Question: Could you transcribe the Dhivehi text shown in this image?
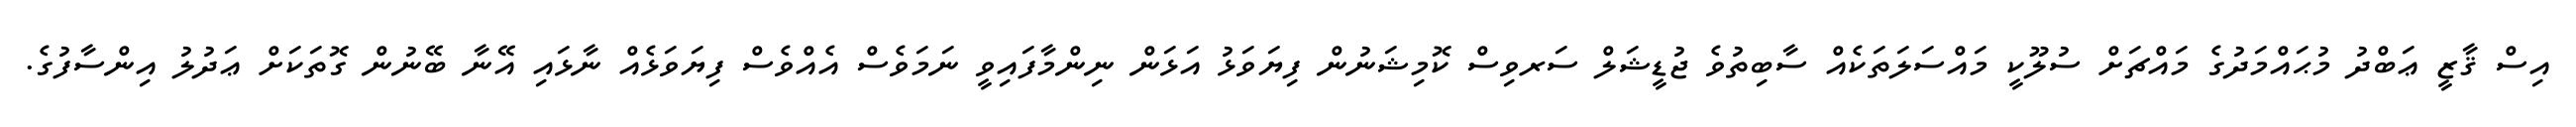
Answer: އިސް ޤާޒީ ޢަބްދު މުޙައްމަދުގެ މައްޗަށް ސުލޫކީ މައްސަލަތަކެއް ސާބިތުވެ ޖުޑީޝަލް ސަރވިސް ކޮމިޝަނުން ފިޔަވަޅު އަޅަން ނިންމާފައިވީ ނަމަވެސް އެއްވެސް ފިޔަވަޅެއް ނާޅައި އޭނާ ބޭނުން ގޮތަކަށް ޢަދުލު އިންސާފުގެ.